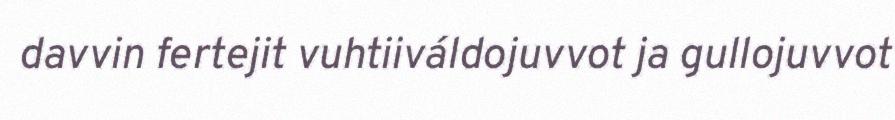
davvin fertejit vuhtiiváldojuvvot ja gullojuvvot